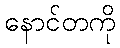
နောင်တကို